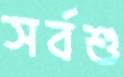
সর্বশু